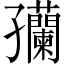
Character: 𫲴